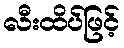
လီးထိပ်ဖြင့်